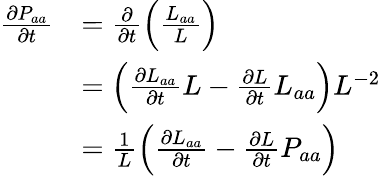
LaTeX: \begin{array}{rl}{\frac{\partial P_{aa}}{\partial t}}&{=\frac{\partial}{\partial t}\left(\frac{L_{aa}}{L}\right)}\\ &{=\left(\frac{\partial L_{aa}}{\partial t}L-\frac{\partial L}{\partial t}L_{aa}\right)L^{-2}}\\ &{=\frac{1}{L}\left(\frac{\partial L_{aa}}{\partial t}-\frac{\partial L}{\partial t}P_{aa}\right)}\end{array}